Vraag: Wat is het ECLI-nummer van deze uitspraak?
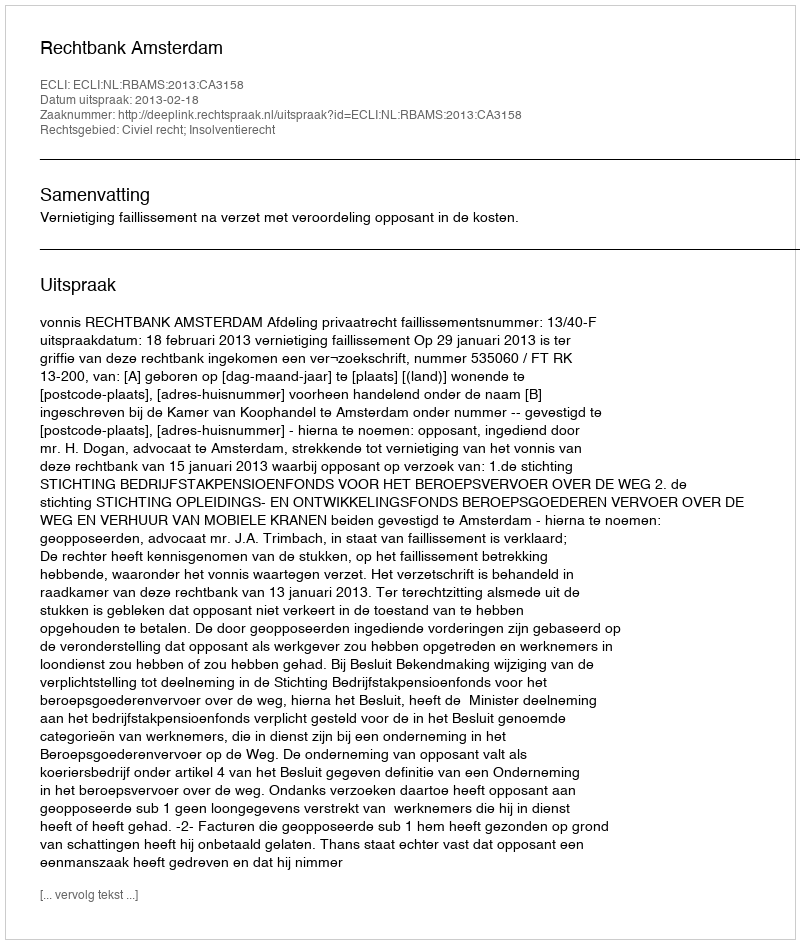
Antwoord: ECLI:NL:RBAMS:2013:CA3158